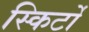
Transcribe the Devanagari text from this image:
स्किर्टों